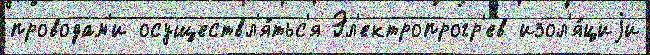
проводам'и осуществл'я́тьс'я Эл'ектропрогр'ев изол'я́циjи